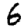
Digit: 6